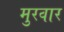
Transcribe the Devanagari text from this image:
मुरवार